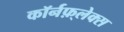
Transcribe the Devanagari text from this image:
कॉर्नफ़्लेक्स